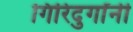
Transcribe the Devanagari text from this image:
गिरिदुर्गांनी